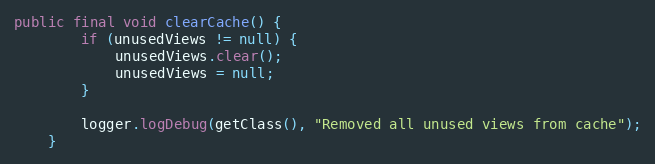
Language: Java
public final void clearCache() {
        if (unusedViews != null) {
            unusedViews.clear();
            unusedViews = null;
        }

        logger.logDebug(getClass(), "Removed all unused views from cache");
    }